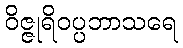
ဝိဇ္ဇုရိဝပ္ပဘာသရေ